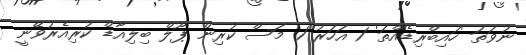
ނުވަތަ 'ހައިބްރިޑެއްތަ' 1 އަހަރު 1 މަސް ކުރިން ޕޫލް ބިލިއާޑް ކުރިއެރުވޭނީ